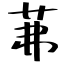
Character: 茀